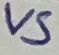
Text: VS